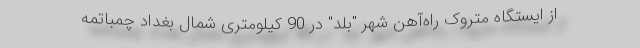
از ایستگاه متروک راه‌آهن شهر "بلد" در 90 کیلومتری شمال بغداد چمباتمه